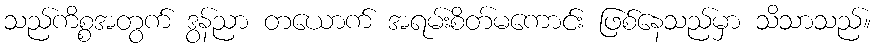
သည်ကိစ္စအတွက် ဒွန်ညာ တယောက် အရမ်းစိတ်မကောင်း ဖြစ်နေသည်မှာ သိသာသည်။